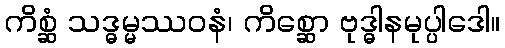
ကိစ္ဆံ သဒ္ဓမ္မဿဝနံ၊ ကိစ္ဆော ဗုဒ္ဓါနမုပ္ပါဒေါ။